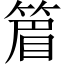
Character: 篃